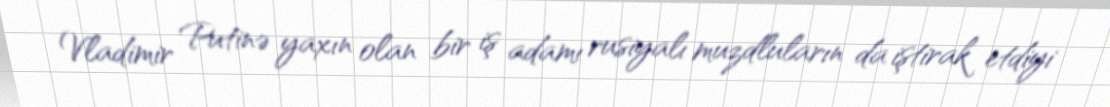
Vladimir Putinə yaxın olan bir iş adamı rusiyalı muzdluların da iştirak etdiyi